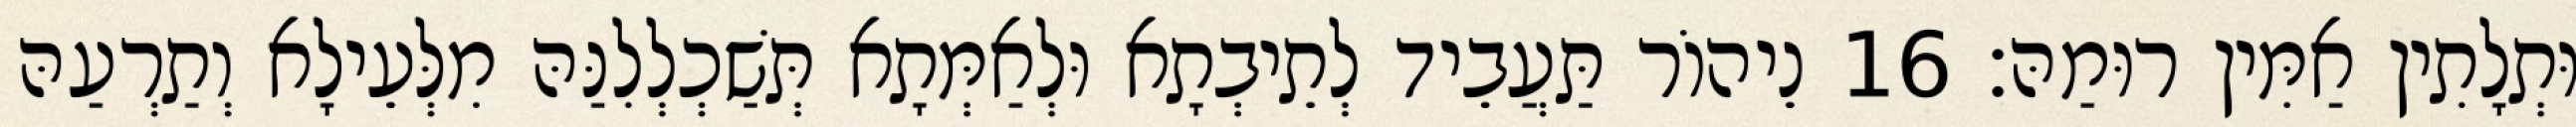
וּתְלָתִין אַמִּין רוּמַהּ׃ 16 נֵיהוֹר תַּעֲבֵיד לְתֵיבְתָא וּלְאַמְּתָא תְּשַׁכְלְלִנַּהּ מִלְּעֵילָא וְתַרְעַהּ